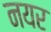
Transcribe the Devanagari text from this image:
नयर